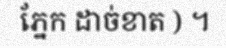
ភ្នែក ដាច់ខាត ) ។